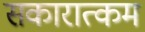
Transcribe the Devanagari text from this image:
सकारात्‍कम